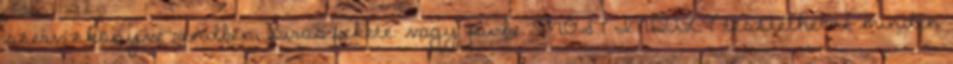
szervízkönyve rendben, piros-fekete. vagy pü-be. MOST INDULT tesztelhetné minden